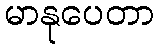
မာနုပေတာ